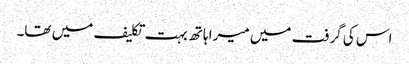
اس کی گرفت میں میرا ہاتھ بہت تکلیف میں تھا۔